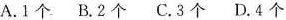
A.1个 B.2个 C.3个 D.4个